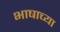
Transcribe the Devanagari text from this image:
भाषाच्या